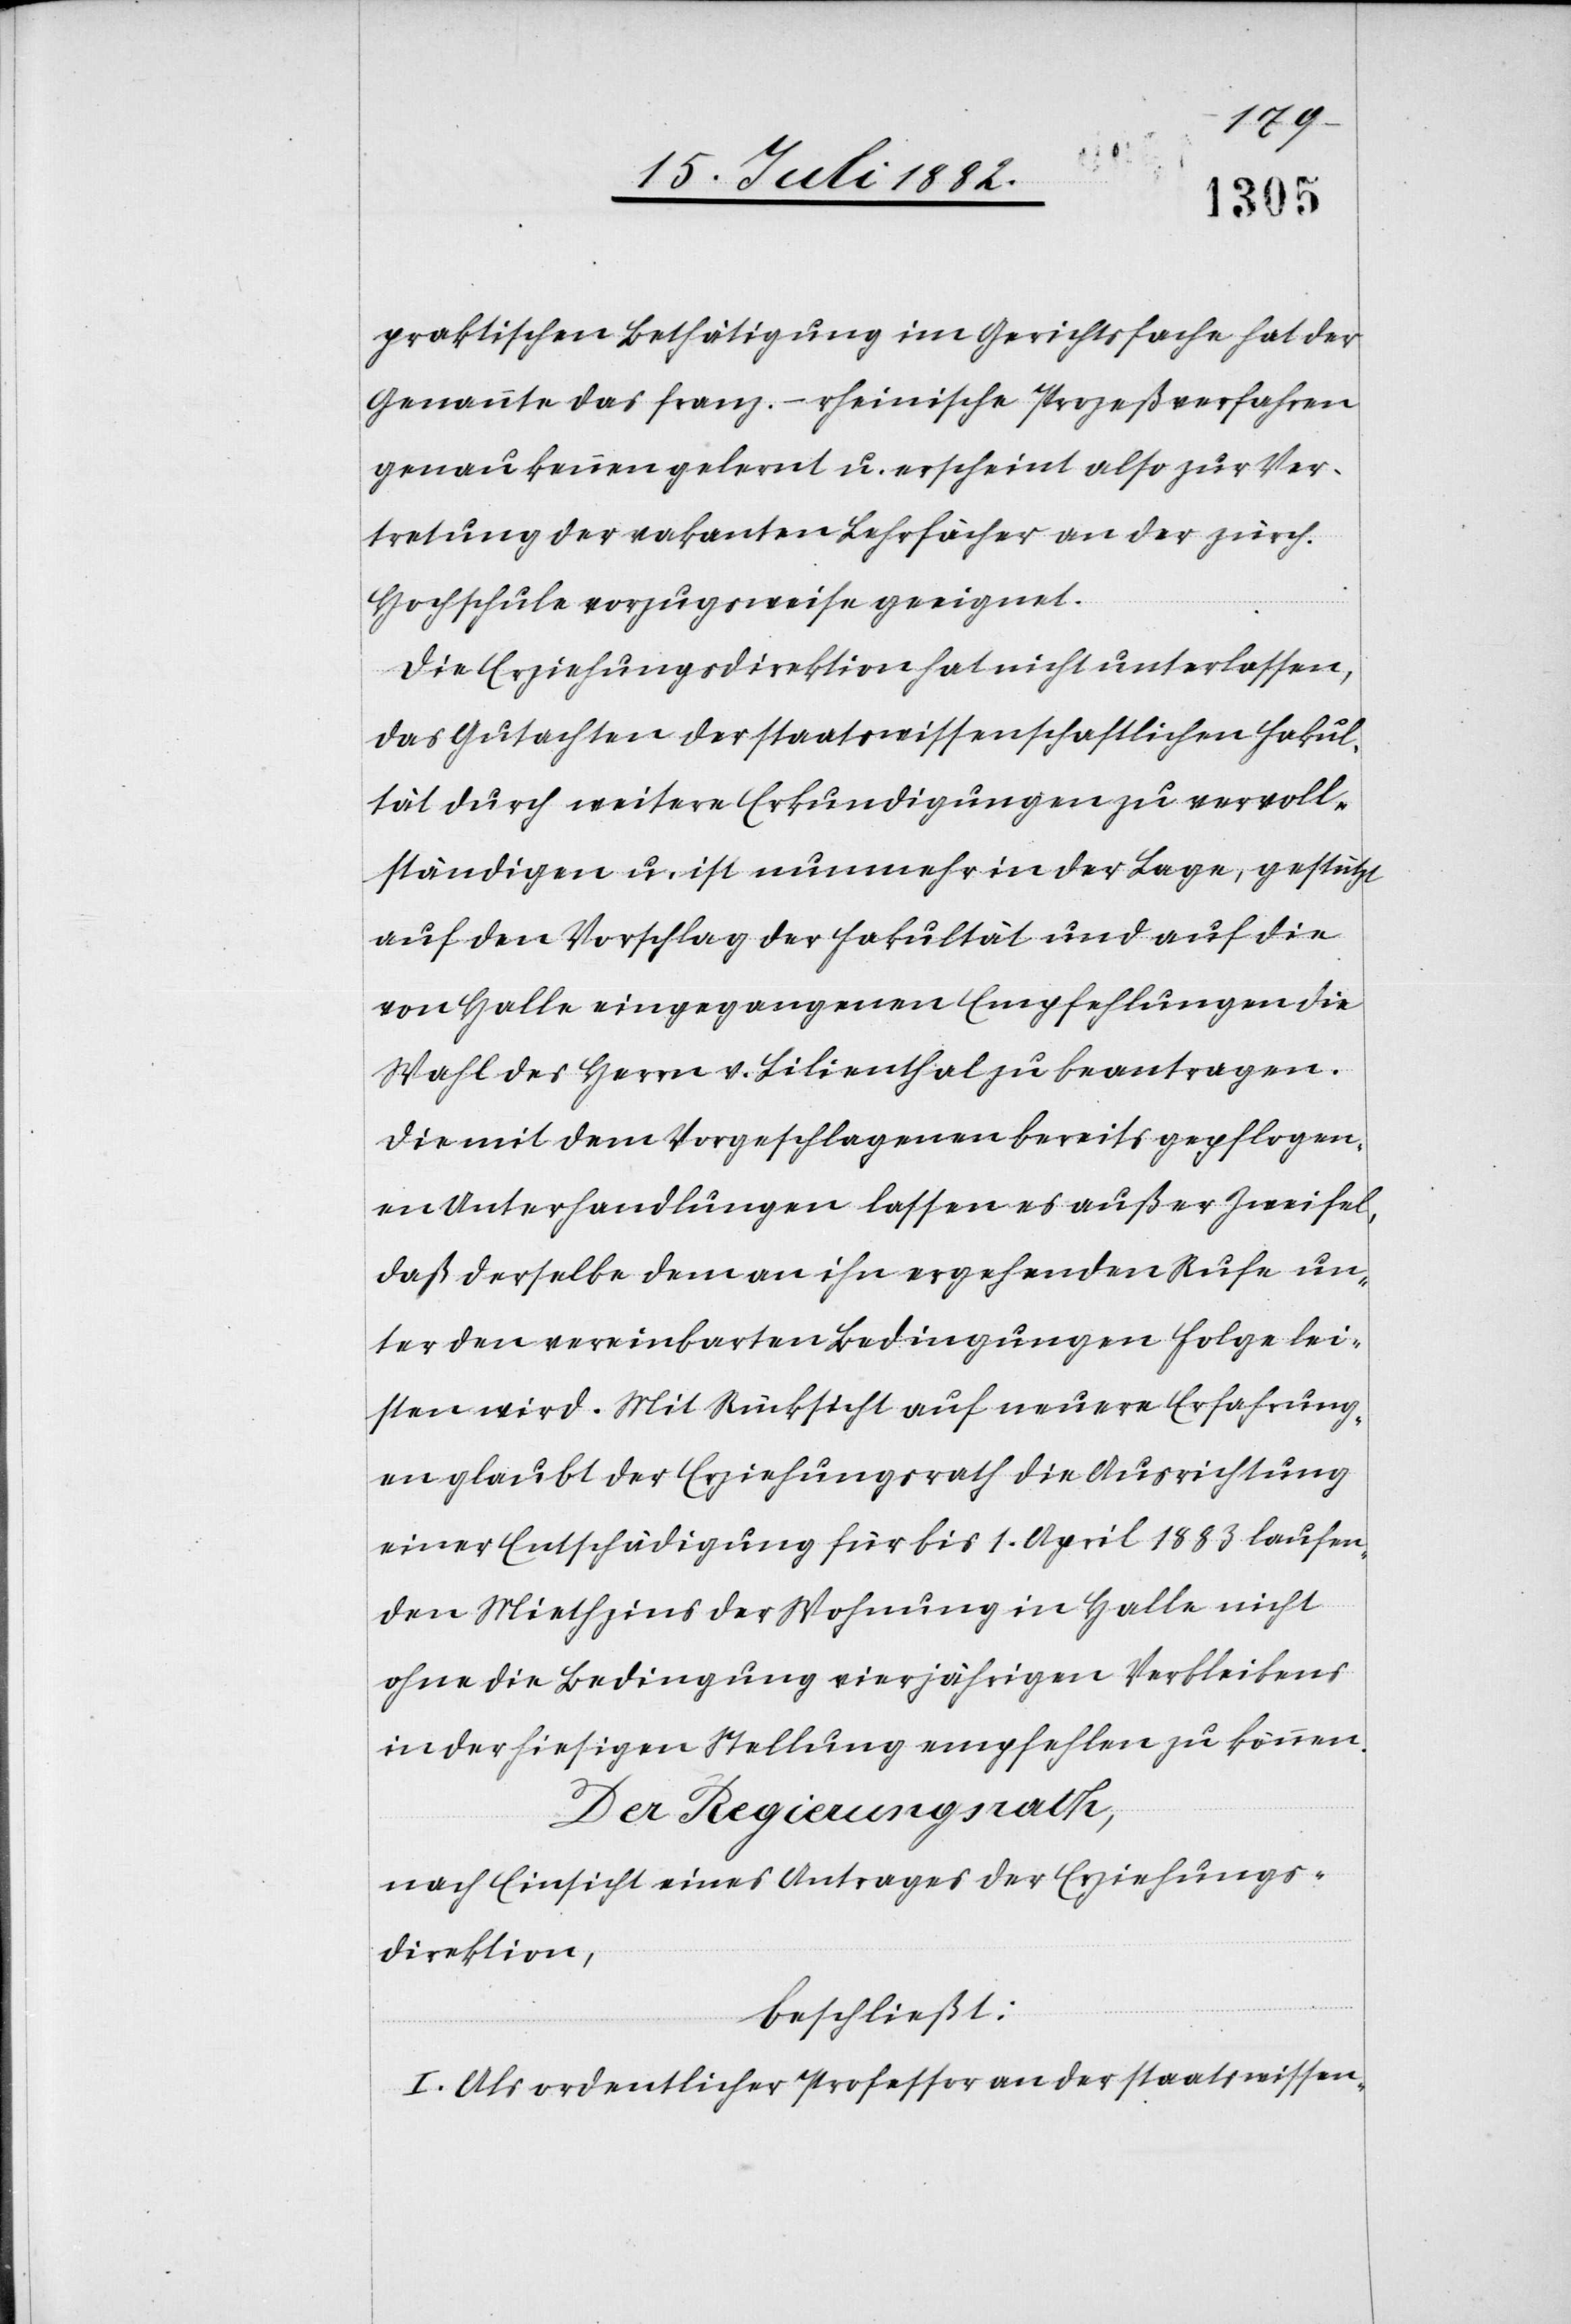
praktischen Bethätigung im Gerichtsfache hat der
Genannte das franz.-rheinische Prozeßverfahren
genau kennen gelernt u. erscheint also zur Ver¬
tretung der vakanten Lehrfächer an der zürch.
Hochschule vorzugsweise geeignet.
Die Erziehungsdirektion hat nicht unterlassen,
das Gutachten der staatswissenschaftlichen Fakul¬
tät durch weitere Erkundigungen zu vervoll¬
ständigen u. ist nunmehr in der Lage, gestützt
auf den Vorschlag der Fakultät und auf die
von Halle eingegangenen Empfehlungen die
Wahl des Herrn v. Lilienthal zu beantragen.
Die mit dem Vorgeschlagenen bereits gepflogen¬
en Unterhandlungen lassen es außer Zweifel,
daß derselbe dem an ihn ergehenden Rufe un¬
ter den vereinbarten Bedingungen Folge lei¬
sten wird. Mit Rücksicht auf neuere Erfahrung¬
en glaubt der Erziehungsrath die Ausrichtung
einer Entschädigung für bis 1. April 1883 laufen¬
den Miethzins der Wohnung in Halle nicht
ohne die Bedingung vierjährigen Verbleibens
in der hiesigen Stellung empfehlen zu können.
Der Regierungsrath,
nach Einsicht eines Antrages der Erziehungs¬
direktion,
beschließt:
I. Als ordentlicher Professor an der staatswissen-